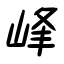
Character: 峰